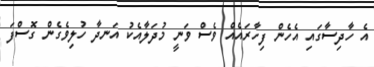
އެ ހާދިސާގައި އެހެން ފިހާރައެއް ވެސް ވަނީ މުދަލާއެކު އަނދާ ހުލިވެގެން ގޮސްފަ